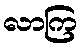
လာကြ